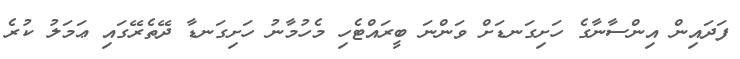
ފަދައިން އިންސާނާގެ ހަށިގަނޑަށް ވަންނަ ބީރައްޓެހި މެހުމާނު ހަށިގަނޑާ ދޭތެރޭގައި ޢަމަލު ކުރެ